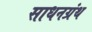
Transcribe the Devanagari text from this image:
साधनग्रंथ